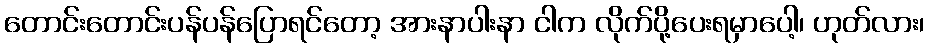
တောင်းတောင်းပန်ပန်ပြောရင်တော့ အားနာပါးနာ ငါက လိုက်ပို့ပေးရမှာပေါ့၊ ဟုတ်လား၊